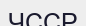
ЧССР